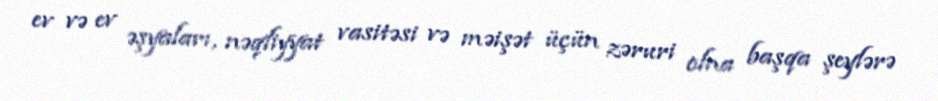
ev və ev əşyaları, nəqliyyat vasitəsi və məişət üçün zəruri olna başqa şeylərə